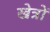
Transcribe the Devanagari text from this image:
खेत्रों